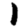
Digit: 1